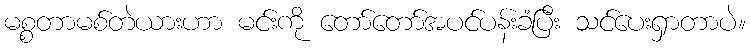
မစ္စတာမစ်တဲယားဟာ မင်းကို တော်တော်အပင်ပန်းခံပြီး သင်ပေးရှာတာပဲ။